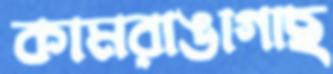
কামরাঙাগাছ